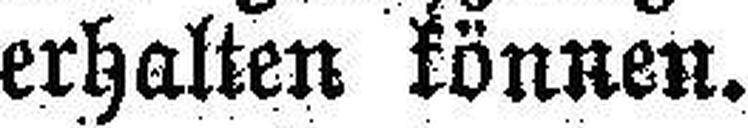
erhalten können.